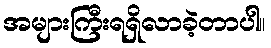
အများကြီးရရှိလာခဲ့တာပါ။